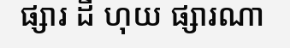
ផ្សារ ដី ហុយ ផ្សារណា